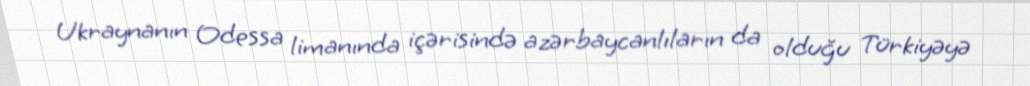
Ukraynanın Odessa limanında içərisində azərbaycanlıların da olduğu Türkiyəyə